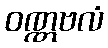
ဝဏ္ဏဗလံ